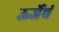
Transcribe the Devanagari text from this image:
ऊर्जेचं